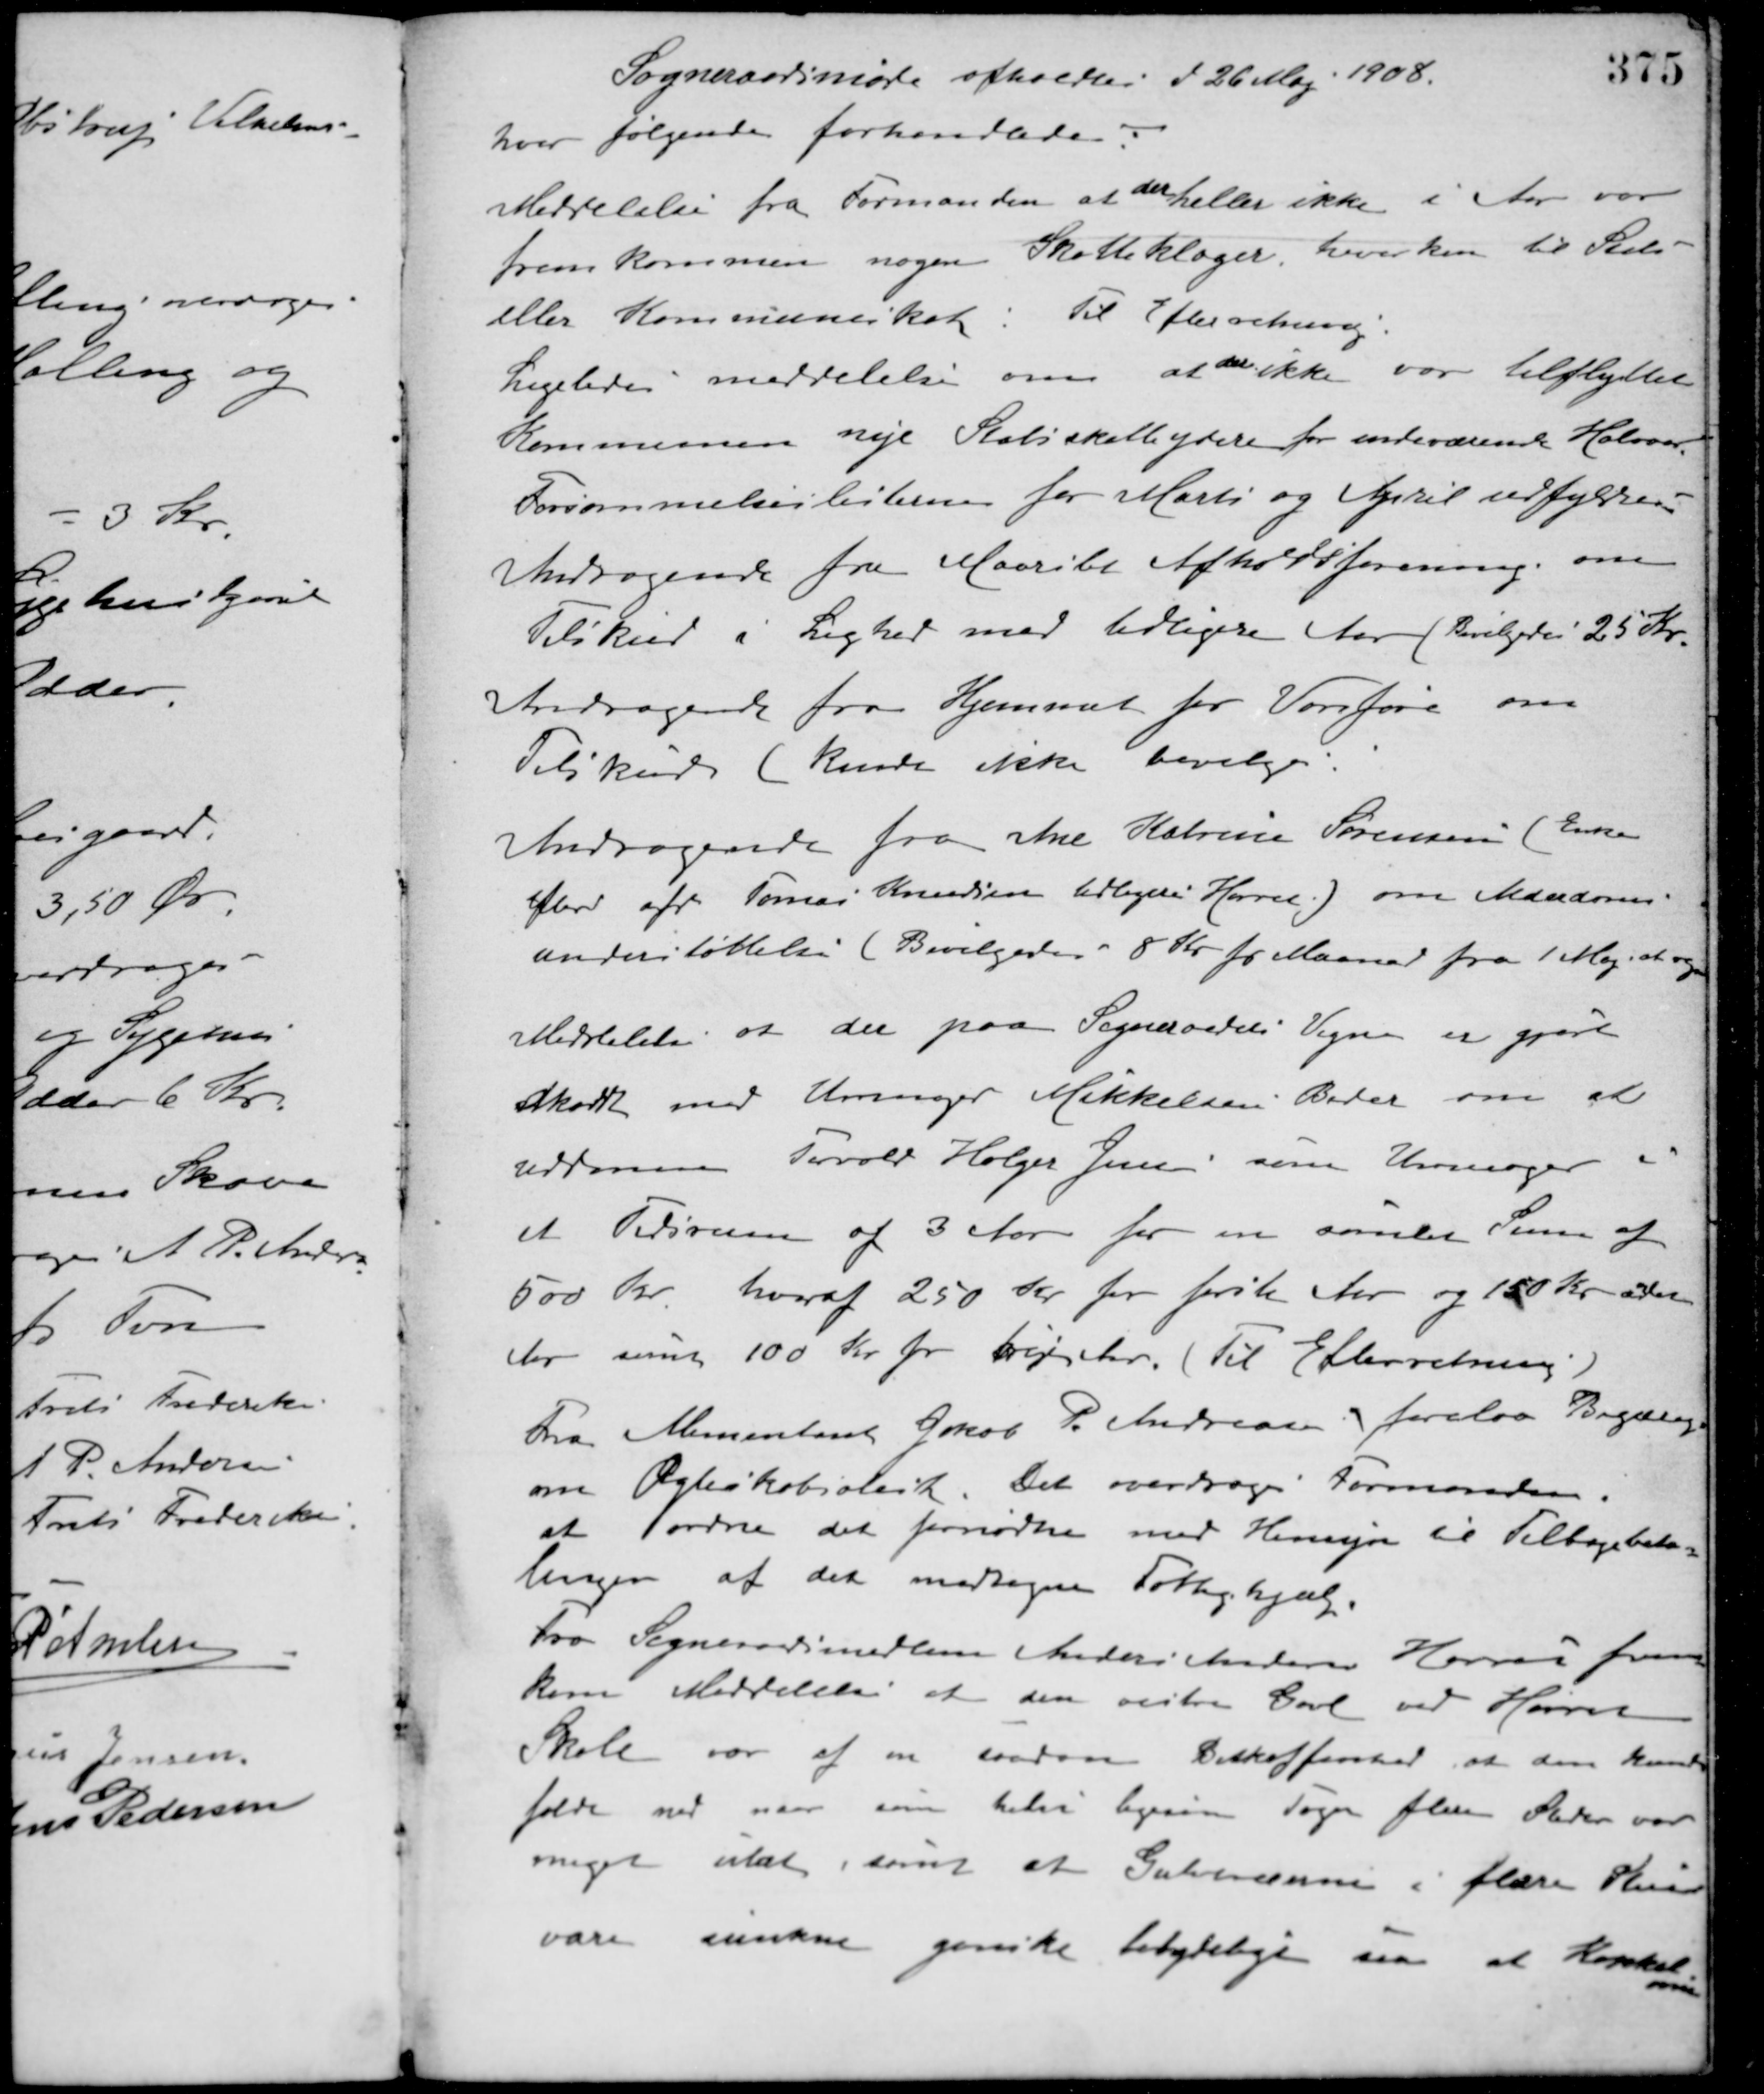
Transskription:
Sogneraadsmøde afholdtes d 26 Maj 1908.
hvor følgende forhandledes:
Meddelelse fra Formanden at der heller ikke i Aar var
fremkommen nogen Skatteklager, hverken til Stat-
eller Kommuneskat. Til Efterretning.
Ligeledes meddelelse om at der ikke var tilflyttet
Kommunen nye Statsskatteydere for indeværende Halvaar.
Forsømmelseslisterne for Marts og April udfyldes.
Andragende fra Maarslet Afholdsforening om
Tilskud i Lighed med tidligere Aar. (Bevilgedes 25 Kr.
Andragende fra Hjemmet for Vanføre om
Tilskud (kunde ikke bevilges.
Andragende fra Ane Katrine Sørensen (Enke
Efter afd. Tomas Knudsen tidligere Hørret) om Alderdoms-
understøttelse (Bevilgedes 8 Kr. pr. Maaned fra 1 Maj at regne.
Meddelelse at der paa Sogneraadets Vegne er gjort
Akord med Urmager Mikkelsen Beder om at
uddanne Torvald Holger Jensen som Urmager i
et Tidsrum af 3 Aar for en samlet Sum af
500 Kr. hvoraf 250 Kr. for første Aar og 150 Kr. sidste
Aar samt 100 Kr. for fvejester. (Til Efterretning.)
Fra Alimentant Jakob P. Andreasen forelaa Begæring
om Ægteskabsatest. Det overdroges Formanden
at ordne det fornødne med Hensyn til Tilbagebeta-
lingen af den modtagne Fattighjælp.
Fra Sogneraadsmedlem Anders Andersen Hørret frem-
kom Meddelelse at den vestre Gavl ved Hørret
Skole var af en saadan Beskaffenhed, at den kunde
falde ned naar som helst ligesom Taget flere Steder var
meget utæt, samt at Gulverne i flere Huse
vare sunkne ganske betydeligt samt at Kakkel
ovnen